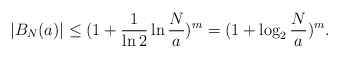
\begin{align*}|B_N(a)|\leq (1+\frac 1{\ln 2}\ln\frac Na)^m=(1+\log_2\frac Na)^m.\end{align*}